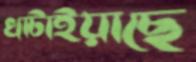
খাটাইয়াছে